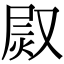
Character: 𤈫